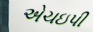
એચઇપી